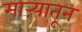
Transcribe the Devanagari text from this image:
माऱ्यातून